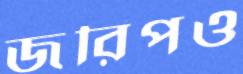
জরিপও